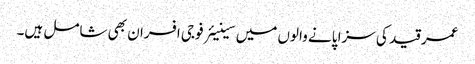
عمر قید کی سزا پانے والوں میں سینیئر فوجی افسران بھی شامل ہیں۔